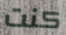
كنت